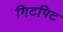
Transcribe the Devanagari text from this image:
गिटपिट